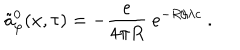
\tilde { a } _ { \varphi } ^ { 0 } ( x , \tau ) = - \frac { e } { 4 \pi R } \ e ^ { - R / \lambda c } \ .